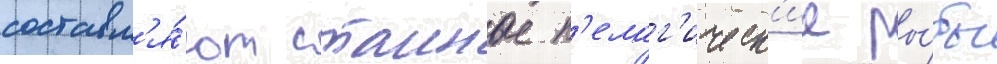
составл'я́ют стаиные п'елаг'ическ'ие ры́бы